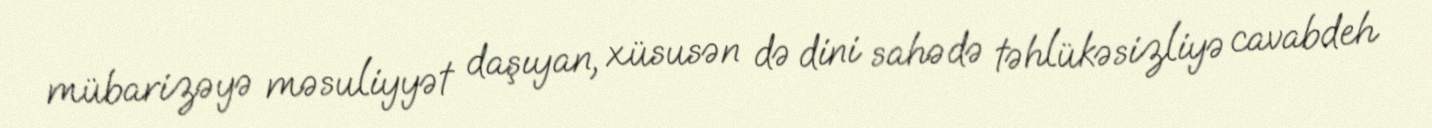
mübarizəyə məsuliyyət daşıyan, xüsusən də dini sahədə təhlükəsizliyə cavabdeh